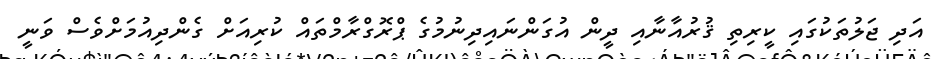
އަދި ޖަލުތަކުގައި ކީރިތި ޤުރުއާނާއި ދީން އުގަންނައިދިނުމުގެ ޕްރޮގްރާމްތައް ކުރިއަށް ގެންދިއުމަށްވެސް ވަނީ